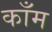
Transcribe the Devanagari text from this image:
काँम